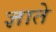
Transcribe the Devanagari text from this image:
ज्ञाते